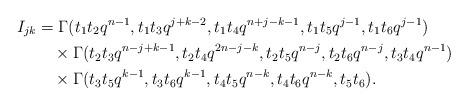
LaTeX: \begin{align*}I_{jk}&=\Gamma(t_1t_2q^{n-1},t_1t_3q^{j+k-2},t_1t_4q^{n+j-k-1},t_1t_5q^{j-1},t_1t_6q^{j-1})\\&\quad\times\Gamma(t_2t_3q^{n-j+k-1},t_2t_4q^{2n-j-k},t_2t_5q^{n-j},t_2t_6q^{n-j},t_3t_4q^{n-1})\\&\quad\times\Gamma(t_3t_5q^{k-1},t_3t_6q^{k-1},t_4t_5q^{n-k},t_4t_6q^{n-k},t_5t_6).\end{align*}